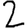
Digit: 2